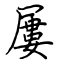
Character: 屢